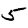
Digit: 5